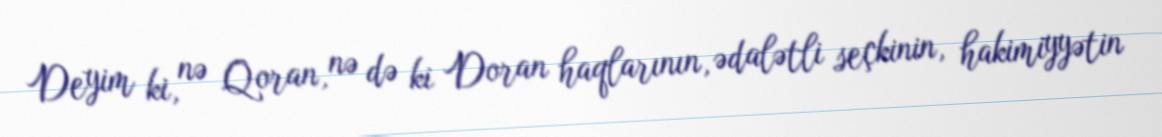
Deyim ki, nə Qoran, nə də ki Doran haqlarının, ədalətli seçkinin, hakimiyyətin